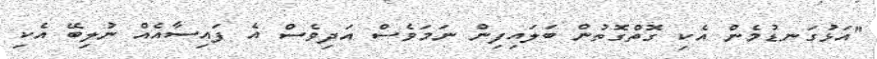
"އަޅުގަނޑުމެން އެކި ގޮތްގޮތުން ބަލައިފިން ނަމަވެސް އަދިވެސް އެ ފައިސާއެއް ނުލިބޭ އެކި